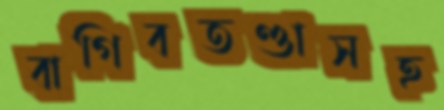
বাগিবতণ্ডাসহ